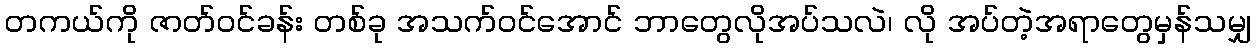
တကယ်ကို ဇာတ်ဝင်ခန်း တစ်ခု အသက်ဝင်အောင် ဘာတွေလိုအပ်သလဲ၊ လို အပ်တဲ့အရာတွေမှန်သမျှ